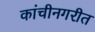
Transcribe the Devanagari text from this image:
कांचीनगरीत